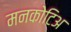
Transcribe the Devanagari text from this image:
मनकोटिअ